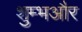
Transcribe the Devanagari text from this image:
शुम्भऔर